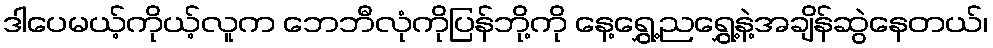
ဒါပေမယ့်ကိုယ့်လူက ဘေဘီလုံကိုပြန်ဘို့ကို နေ့ရွှေ့ညရွှေ့နဲ့အချိန်ဆွဲနေတယ်၊